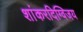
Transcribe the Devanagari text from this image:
शांकरदिग्विजय